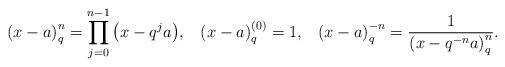
LaTeX: \begin{align*}\left( {x - a} \right)_q^n = \prod\limits_{j = 0}^{n - 1}{\left( {x - q^j a} \right)},\,\,\,\,\, \left( {x - a}\right)_q^{(0)}=1,\,\,\,\,\, \left( {x - a} \right)_q^{- n} = \frac{1}{{\left( {x - q^{ - n} a} \right)_q^n }}.\end{align*}